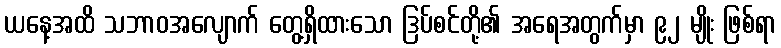
ယနေ့အထိ သဘာဝအလျောက် တွေ့ရှိထားသော ဒြပ်စင်တို့၏ အရေအတွက်မှာ ၉၂ မျိုး ဖြစ်ရာ